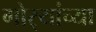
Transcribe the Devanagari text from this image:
गोर्‍यांच्या